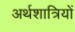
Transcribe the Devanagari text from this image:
अर्थशात्रियों